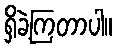
ရှိခဲ့ကြတာပါ။